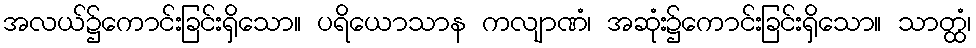
အလယ်၌ကောင်းခြင်းရှိသော။ ပရိယောသာန ကလျာဏံ၊ အဆုံး၌ကောင်းခြင်းရှိသော။ သာတ္ထံ၊